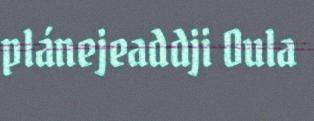
plánejeaddji Oula